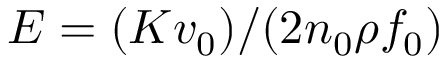
E = ( K v _ { 0 } ) / ( 2 n _ { 0 } \rho f _ { 0 } )